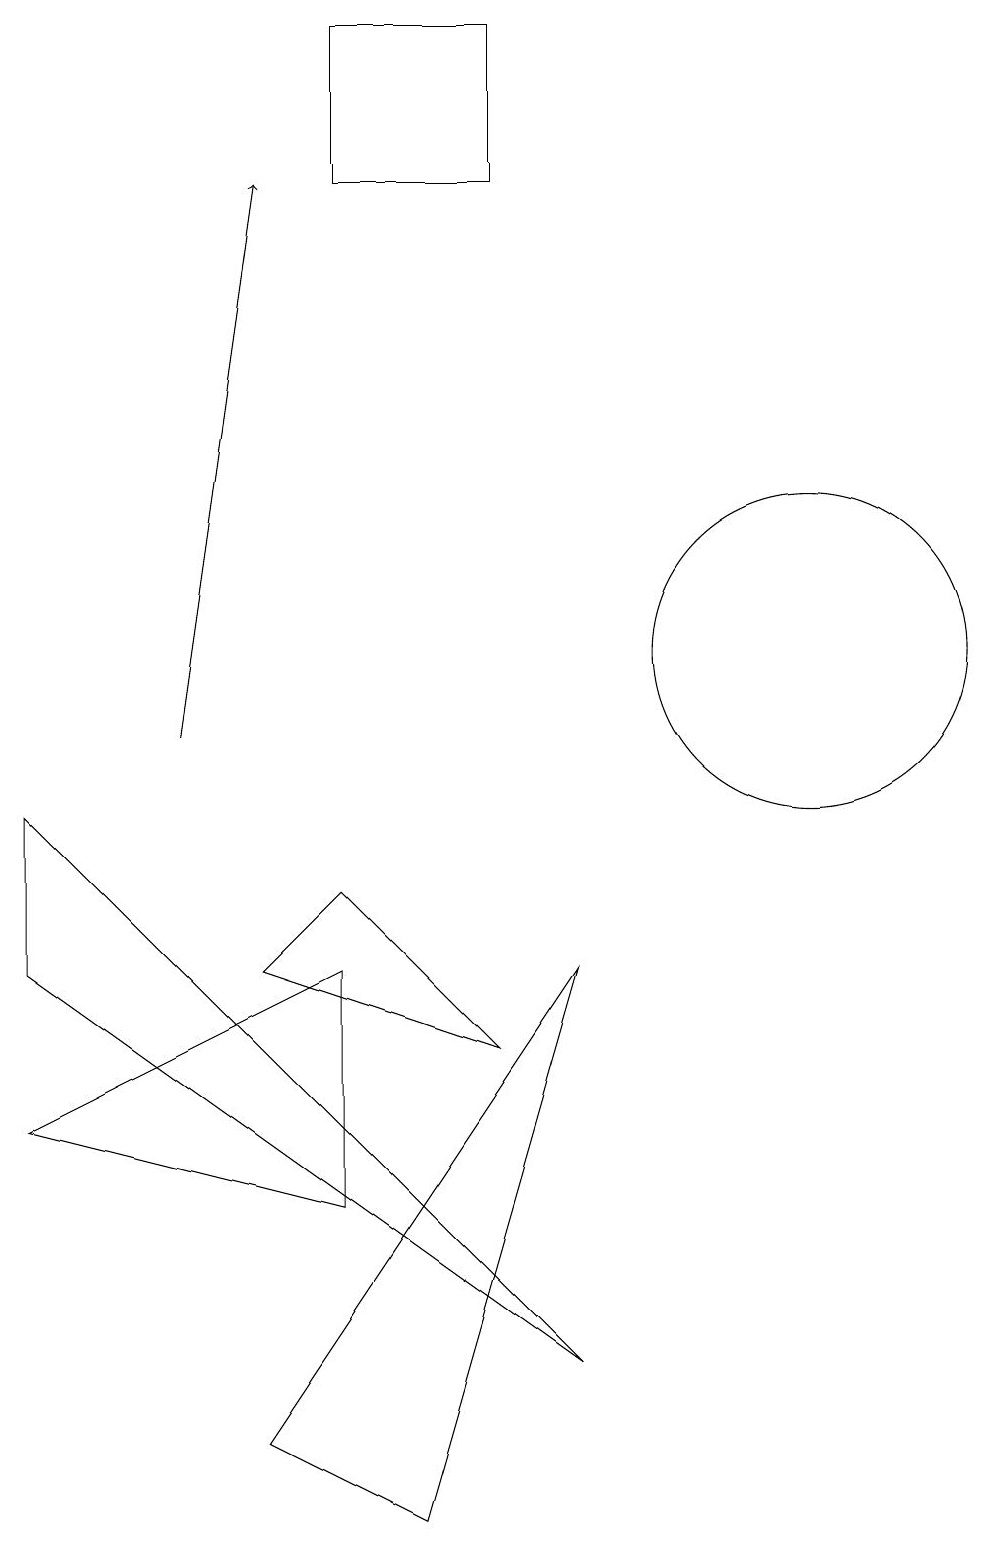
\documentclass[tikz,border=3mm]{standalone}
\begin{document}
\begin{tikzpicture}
\draw (8,6) -- (6,8) -- (5,7) -- cycle;
\draw (9,7) -- (5,1) -- (7,0) -- cycle;
\draw (12,12) circle (0);
\draw (9,2) -- (2,7) -- (2,9) -- cycle;
\draw (6,19) rectangle (8,17);
\draw (12,11) circle (2);
\draw[->] (4,10) -- (5,17);
\draw (2,5) -- (6,7) -- (6,4) -- cycle;
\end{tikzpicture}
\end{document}